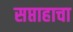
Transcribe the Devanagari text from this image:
सप्ताहाचा